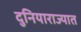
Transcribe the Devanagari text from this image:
दुनियाराज्यात